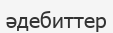
әдебиттер